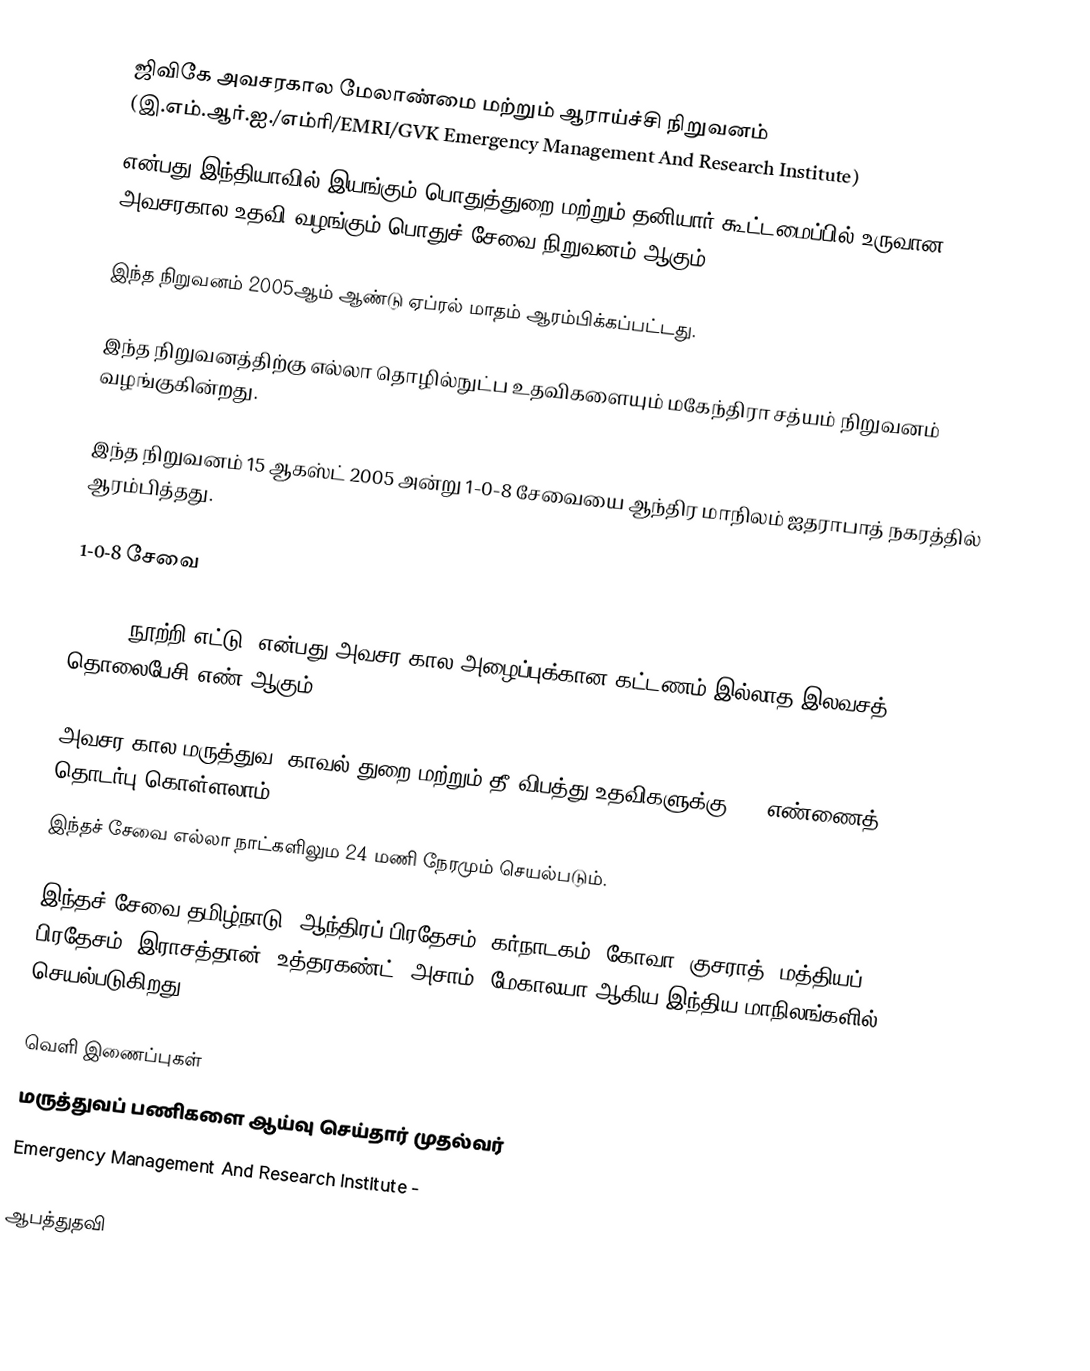
ஜிவிகே அவசரகால மேலாண்மை மற்றும் ஆராய்ச்சி நிறுவனம் (இ.எம்.ஆர்.ஐ./எம்ரி/EMRI/GVK Emergency Management And Research Institute)
என்பது இந்தியாவில் இயங்கும் பொதுத்துறை மற்றும் தனியார் கூட்டமைப்பில் உருவான அவசரகால உதவி வழங்கும் பொதுச் சேவை நிறுவனம் ஆகும்.

இந்த நிறுவனம் 2005ஆம் ஆண்டு ஏப்ரல் மாதம் ஆரம்பிக்கப்பட்டது.

இந்த நிறுவனத்திற்கு எல்லா தொழில்நுட்ப உதவிகளையும் மகேந்திரா சத்யம் நிறுவனம் வழங்குகின்றது.

இந்த நிறுவனம்  15 ஆகஸ்ட் 2005 அன்று 1-0-8 சேவையை ஆந்திர மாநிலம் ஐதராபாத் நகரத்தில் ஆரம்பித்தது.

1-0-8 சேவை

1-0-8 (நூற்றி எட்டு) என்பது அவசர கால அழைப்புக்கான கட்டணம் இல்லாத இலவசத் தொலைபேசி எண் ஆகும்.

அவசர கால மருத்துவ, காவல் துறை மற்றும் தீ விபத்து உதவிகளுக்கு 108 எண்ணைத் தொடர்பு கொள்ளலாம்.
இந்தச் சேவை எல்லா நாட்களிலும 24 மணி நேரமும் செயல்படும்.

இந்தச் சேவை தமிழ்நாடு, ஆந்திரப் பிரதேசம், கர்நாடகம், கோவா, குசராத், மத்தியப் பிரதேசம், இராசத்தான், உத்தரகண்ட், அசாம், மேகாலயா ஆகிய இந்திய மாநிலங்களில் செயல்படுகிறது.

வெளி இணைப்புகள்
 மருத்துவப் பணிகளை ஆய்வு செய்தார் முதல்வர்
 Emergency Management And Research Institute -

ஆபத்துதவி